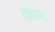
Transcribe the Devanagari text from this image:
क्रॅन